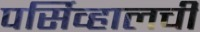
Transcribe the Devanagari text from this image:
पर्सिव्हालची